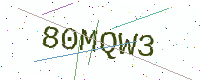
Text: 80MQW3